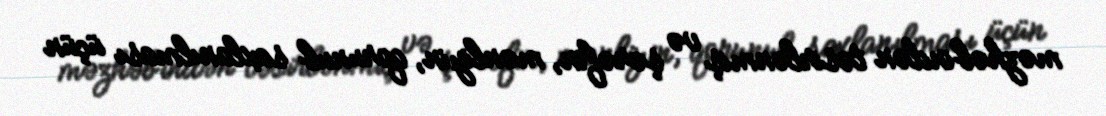
məzhəbindən təsirlənmiş və şərəfin, mənliyin, qorunub saxlanılması üçün